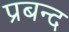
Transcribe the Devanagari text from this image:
प्रबन्द